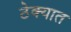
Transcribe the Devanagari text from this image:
ठेक्यात